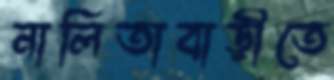
নালিতাবাড়ীতে